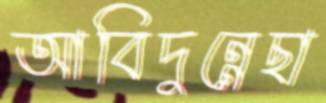
আবিদুন্নেছা